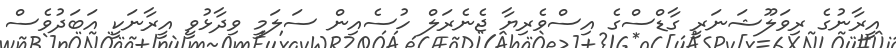
އީރާނުގެ ރިވަލޫޝަނަރީ ގާޑްސްގެ އިސްވެރިޔާ ޖެނެރަލް ހުސެއިން ސަލަމީ ވިދާޅުވީ އީރާނަކީ އަބަދުވެސް